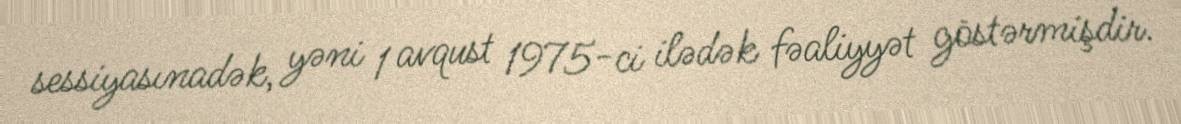
sessiyasınadək, yəni 1 avqust 1975-ci ilədək fəaliyyət göstərmişdir.